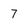
Character: 7